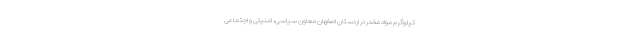
کیلوگرم مواد مخدر در اردستان اصفهان معاون سیاسی، امنیتی و اجتماعی